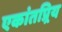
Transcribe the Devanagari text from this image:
एकांतप्र्रिय